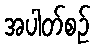
အပါတ်စဉ်